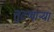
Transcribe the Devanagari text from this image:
तुटणाऱ्या